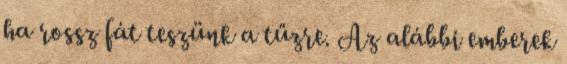
ha rossz fát teszünk a tűzre. Az alábbi emberek